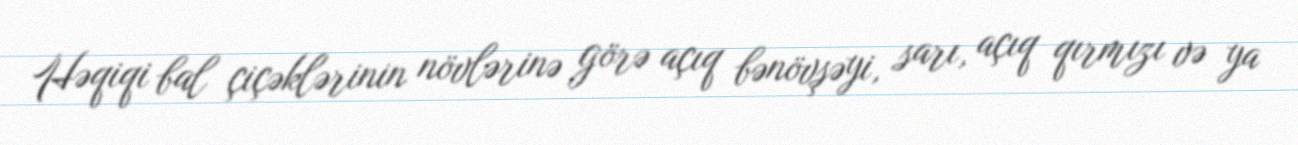
Həqiqi bal çiçəklərinin növlərinə görə açıq bənövşəyi, sarı, açıq qırmızı və ya